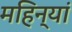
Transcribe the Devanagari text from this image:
महिन्यां